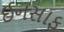
ઈનસાફ